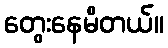
တွေးနေမိတယ်။